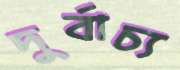
দুর্বাচ্য